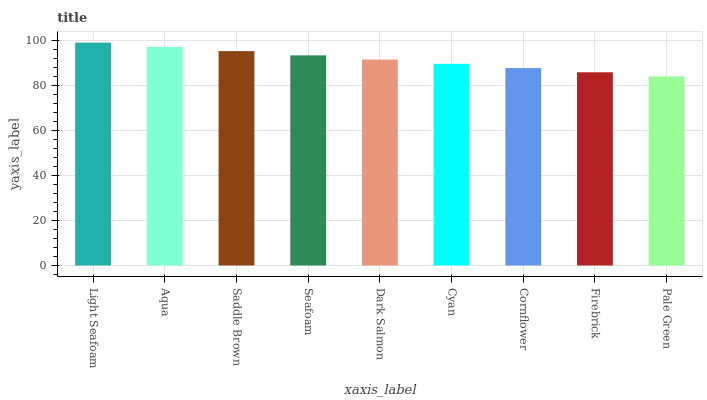
| xaxis_label | bars |
 | --- | --- |
 | Light Seafoam | 99 |
 | Aqua | 97.1 |
 | Saddle Brown | 95.2 |
 | Seafoam | 93.4 |
 | Dark Salmon | 91.5 |
 | Cyan | 89.6 |
 | Cornflower | 87.7 |
 | Firebrick | 85.8 |
 | Pale Green | 84 |